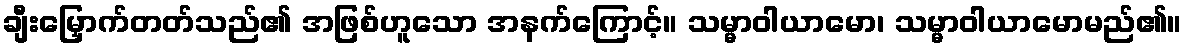
ချီးမြှောက်တတ်သည်၏ အဖြစ်ဟူသော အနက်ကြောင့်။ သမ္မာဝါယာမော၊ သမ္မာဝါယာမောမည်၏။